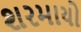
શરમાયો